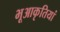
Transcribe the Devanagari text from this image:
भूआकृतियां